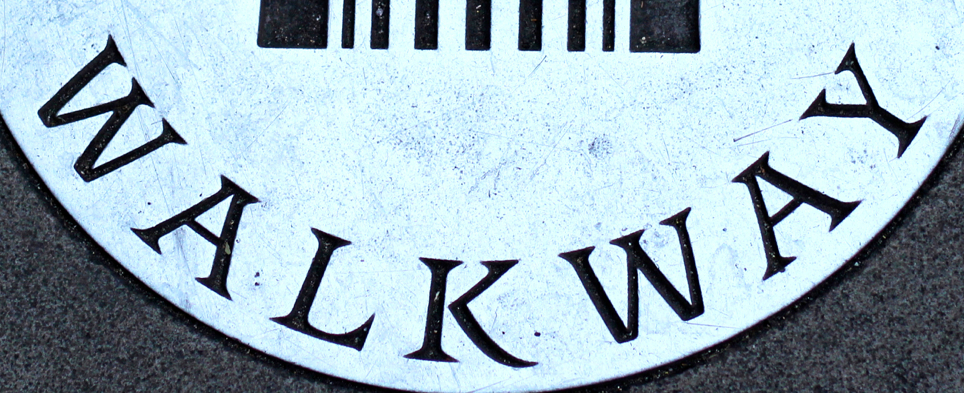
WALKWAY